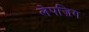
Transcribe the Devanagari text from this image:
लेपज़िग